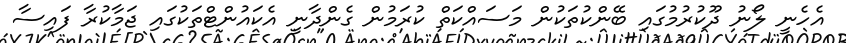
އެހެނީ ލޯނު ދޫކުރުމުގައި ބޭންކުތަކުން މަސައްކަތް ކުރަމުން ގެންދާނީ އެކައުންޓްތަކުގައި ޖަމާކުރާ ފައިސާ